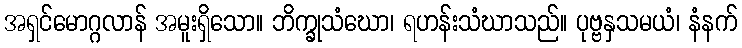
အရှင်မောဂ္ဂလာန် အမူးရှိသော။ ဘိက္ခုသံဃော၊ ရဟန်းသံဃာသည်။ ပုဗ္ဗနှသမယံ၊ နံနက်